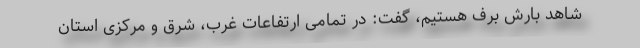
شاهد بارش برف هستیم، گفت: در تمامی ارتفاعات غرب، شرق و مرکزی استان